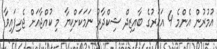
އުމުރުން އެންމެ 4 އަހަރުގެ ބާއިޒިދް ޝިކްދާރު ނަމަކަށްކިޔާ މި ކުއްޖާއަށް ޖެހިފައިވާ